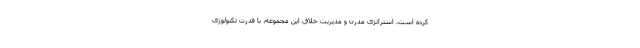
کرده است. استراتژی مدرن و مدیریت خلاق این مجموعه، با قدرت تکنولوژی